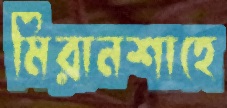
মিরানশাহে